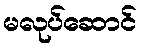
မလုပ်ဆောင်